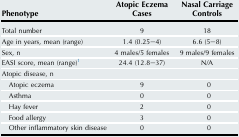
<table><thead><tr><td><b>Phenotype</b></td><td><b>Atopic Eczema Cases</b></td><td><b>Nasal Carriage Controls</b></td></tr></thead><tbody><tr><td>Total number</td><td>9</td><td>18</td></tr><tr><td>Age in years, mean (range)</td><td>1.4 (0.25–4)</td><td>6.6 (5–8)</td></tr><tr><td>Sex, n</td><td>4 males/5 females</td><td>9 males/9 females</td></tr><tr><td>EASI score, mean (range)1</td><td>24.4 (12.8–37)</td><td>N/A</td></tr><tr><td>Atopic disease, n</td><td></td><td></td></tr><tr><td> Atopic eczema</td><td>9</td><td>0</td></tr><tr><td> Asthma</td><td>0</td><td>0</td></tr><tr><td> Hay fever</td><td>2</td><td>0</td></tr><tr><td> Food allergy</td><td>3</td><td>0</td></tr><tr><td> Other inflammatory skin disease</td><td>0</td><td>0</td></tr></tbody></table>